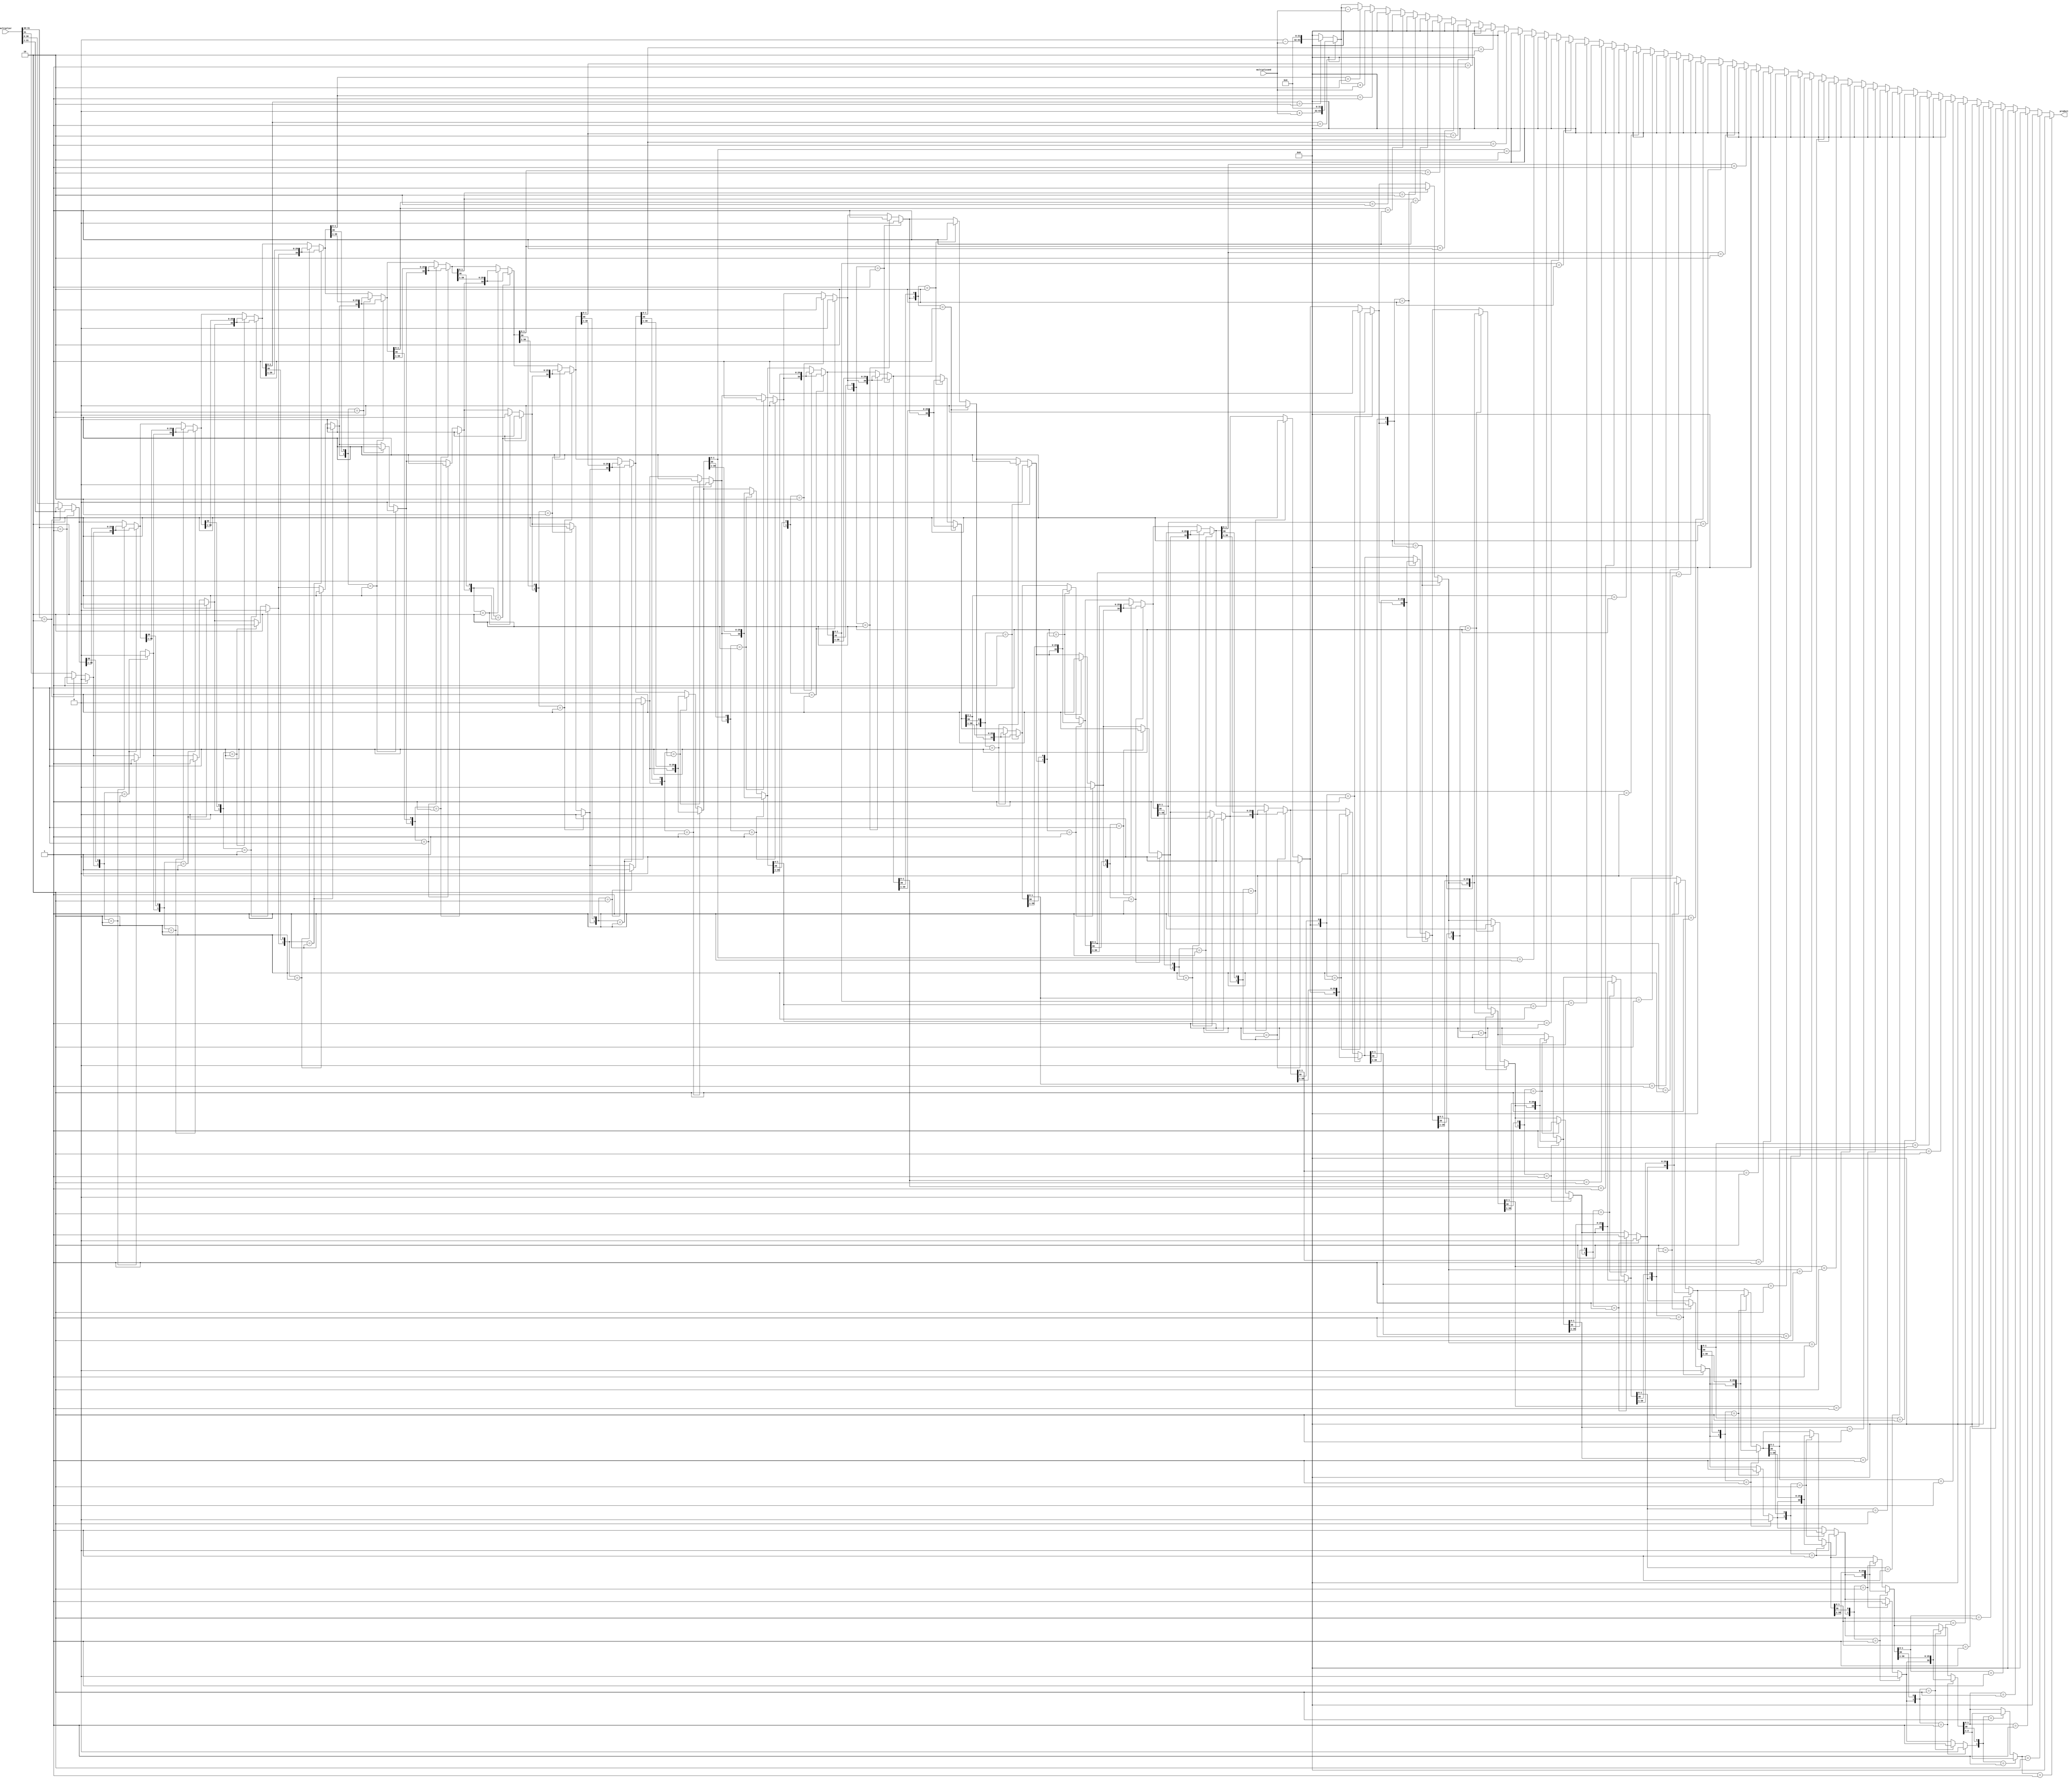
module Booth_Multiplier(
    input [31:0] multiplicand,
    input [31:0] multiplier,
    output reg [63:0] product
);

reg [5:0] counter;
reg [31:0] A, S;

always @(*) begin
    A = multiplicand;
    S = {$signed({32{multiplier[31]}}), multiplier};
    counter = 5;
    product = 64'b0;
    
    repeat(32) begin
        if(S[1:0] == 2'b01) begin
            product = product + $signed(A) << (counter * 32);
        end else if(S[1:0] == 2'b10) begin
            product = product - $signed(A) << (counter * 32);
        end
        
        if(S[31:30] == 2'b01) begin
            S = S >> 1;
            S[31] = 0;
        end else if(S[31:30] == 2'b10) begin
            S = S >> 1;
            S[31] = 1;
        end
        
        counter = counter - 1;
    end
end

endmodule